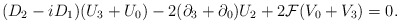
\begin{align*}(D_2-iD_1)(U_3+U_0)-2(\partial_3+\partial_0)U_2+2{\cal{F}}(V_0+V_3)=0.\end{align*}